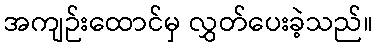
အကျဉ်းထောင်မှ လွှတ်ပေးခဲ့သည်။